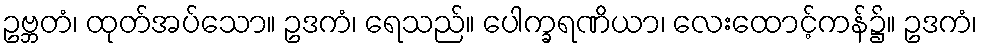
ဥဗ္ဘတံ၊ ထုတ်အပ်သော။ ဥဒကံ၊ ရေသည်။ ပေါက္ခရဏိယာ၊ လေးထောင့်ကန်၌။ ဥဒကံ၊